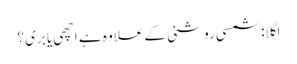
اگلا: شمسی روشنی کے علاوہ ہے اچھی یا بری؟